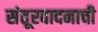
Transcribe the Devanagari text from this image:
संतूरवादनाची